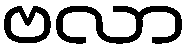
ဗလာ